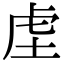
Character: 𮓛